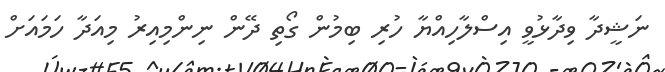
ނަޝީދާ ވިދާޅުވީ އިސްލާހިއްޔާ ހުރި ބިމުން ގޯތި ދޭން ނިންމިއިރު މިއަދާ ހަމައަށް